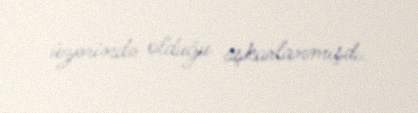
üzərində olduğu aşkarlanmışdı.